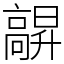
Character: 髜